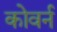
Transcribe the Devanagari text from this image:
कोवर्न